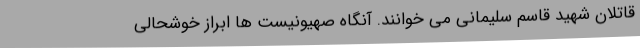
قاتلان شهید قاسم سلیمانی می خوانند. آنگاه صهیونیست ها ابراز خوشحالی